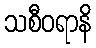
သစီဝရာနိ